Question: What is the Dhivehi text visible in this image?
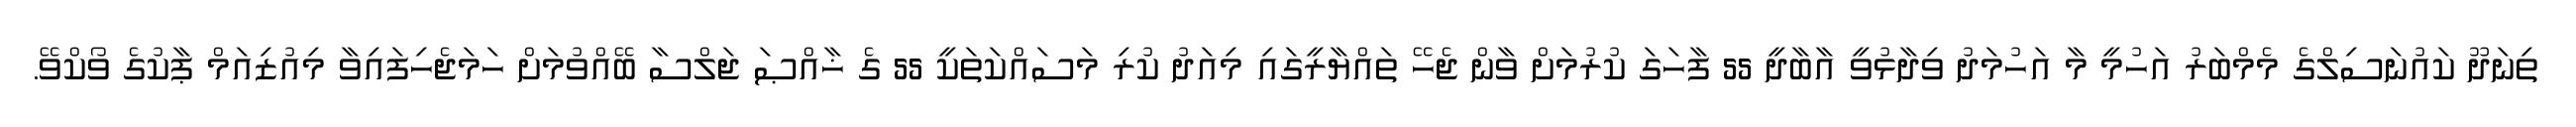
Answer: ތިނަދޫ ކައުނަސިލްގެ މެމްބަރު އަހުމީ މާ އަހުމަދު ވިދާޅުވީ އާބާދީ 55 ފާހަގަ ކުރުމަށް ވާން ޖެހޭ ތައްޔާރީގައި މިއަދު ކުރި މަސައްކަތަކީ 55 ގެ ޚާއްޞަ ޖަލްސާ ބޭއްވުމަށް ހަމަޖެހިފައިވާ މިއުޒިއަމް ޕާކުގެ ވޯކްވޭ.